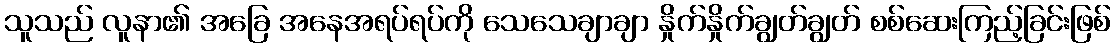
သူသည် လူနာ၏ အခြေ အနေအရပ်ရပ်ကို သေသေချာချာ နှိုက်နှိုက်ချွတ်ချွတ် စစ်ဆေးကြည့်ခြင်းဖြစ်